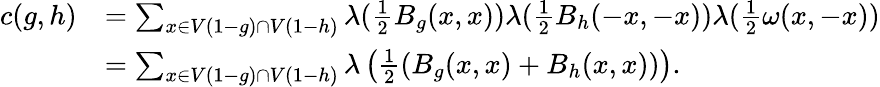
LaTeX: \begin{array}{rl}{c(g,h)}&{=\sum_{x\in V(1-g)\cap V(1-h)}\lambda(\frac{1}{2}B_{g}(x,x))\lambda(\frac{1}{2}B_{h}(-x,-x))\lambda(\frac{1}{2}\omega(x,-x))}\\ &{=\sum_{x\in V(1-g)\cap V(1-h)}\lambda\left(\frac{1}{2}(B_{g}(x,x)+B_{h}(x,x))\right).}\end{array}